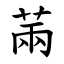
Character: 䓣